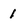
Character: 1